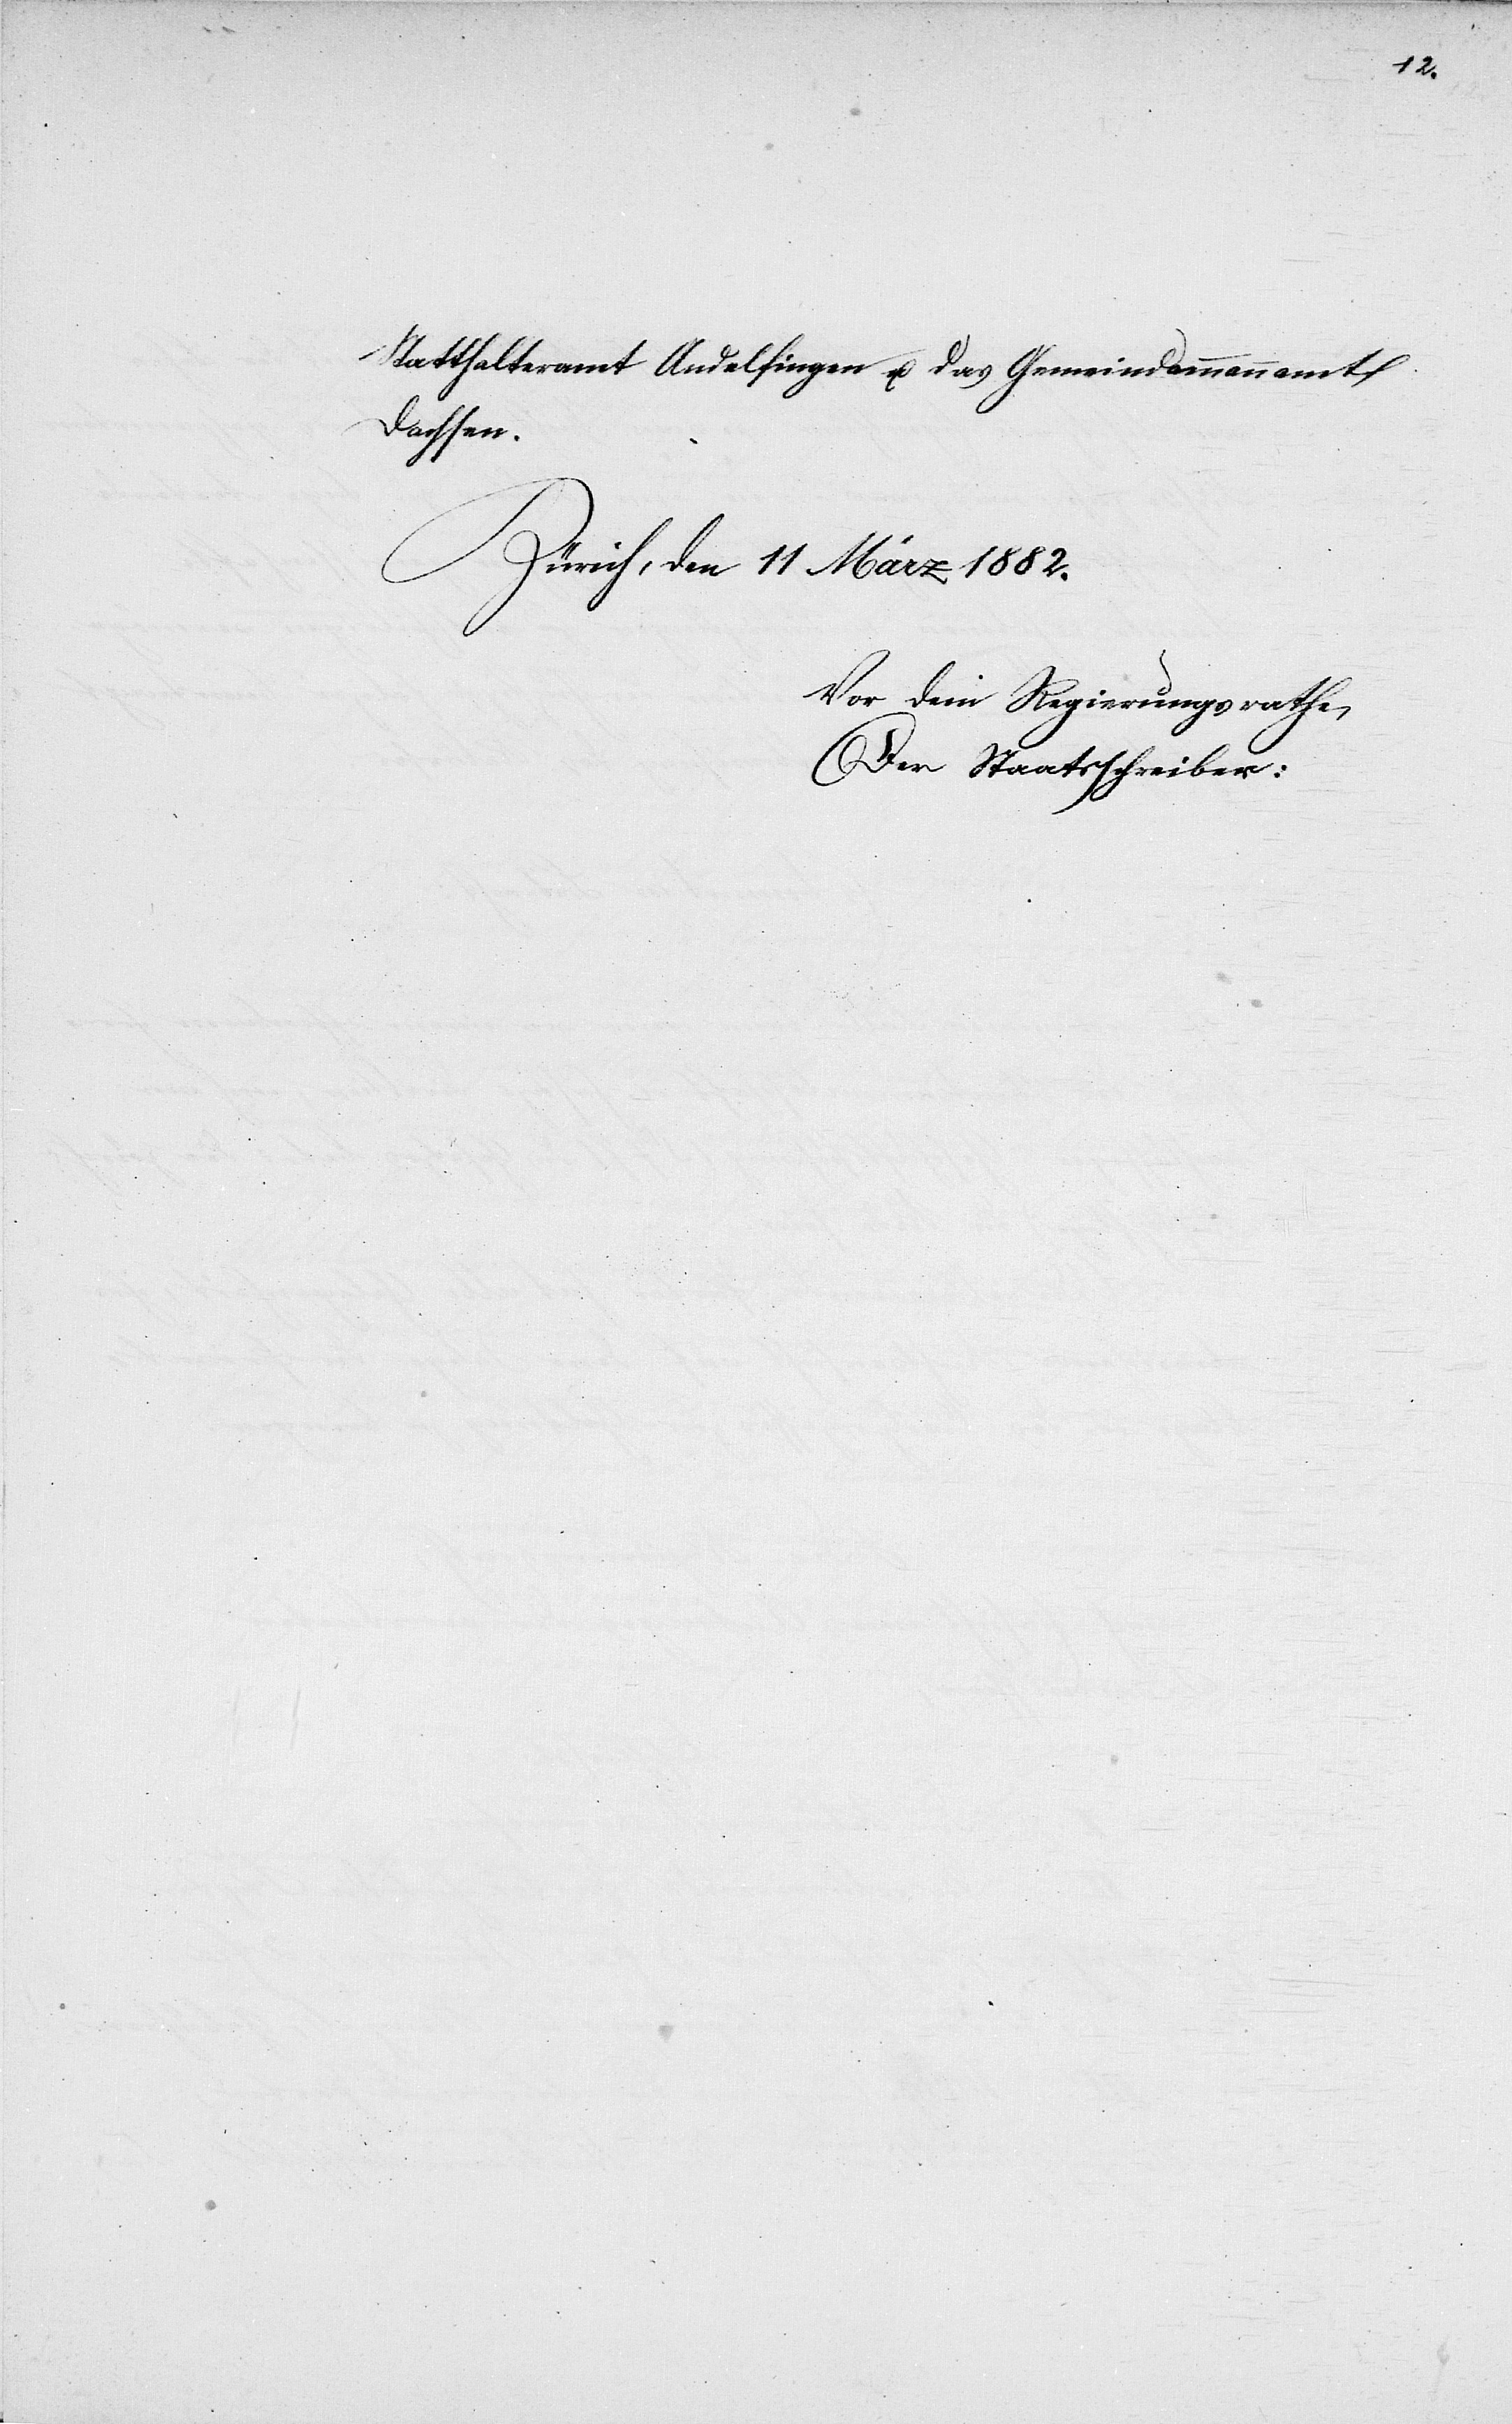
lassen;